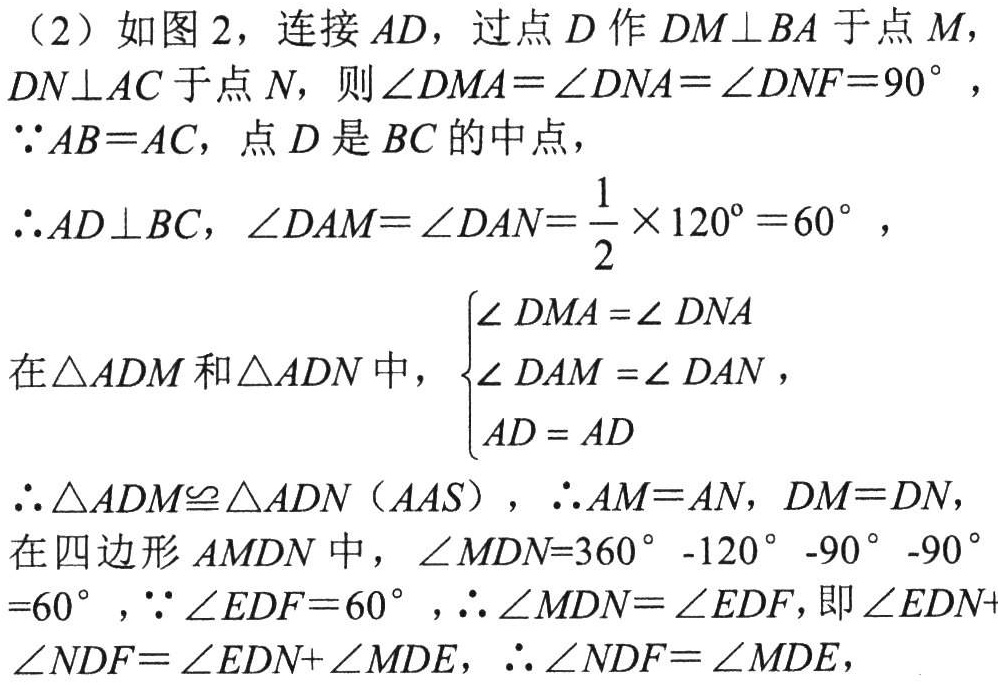
（2）如图 2，连接 \(AD\)，过点 \(D\) 作 \(DM\perp BA\) 于点 \(M\)，\(DN\perp AC\) 于点 \(N\)，则 \(\angle DMA = \angle DNA=\angle DNF = 90^{\circ}\)，
\(\because AB = AC\)，点 \(D\) 是 \(BC\) 的中点，
\(\therefore AD\perp BC\)，\(\angle DAM=\angle DAN=\frac{1}{2}\times120^{\circ}=60^{\circ}\)，
在\(\triangle ADM\) 和 \(\triangle ADN\) 中，\(\begin{cases}
\angle DMA=\angle DNA\\
\angle DAM=\angle DAN\\
AD = AD
\end{cases}\)
\(\therefore\triangle ADM\cong\triangle ADN\)（\(AAS\)），\(\therefore AM = AN\)，\(DM = DN\)，
在四边形 \(AMDN\) 中，\(\angle MDN = 360^{\circ}-120^{\circ}-90^{\circ}-90^{\circ}=60^{\circ}\)，\(\because\angle EDF = 60^{\circ}\)，\(\therefore\angle MDN=\angle EDF\)，即 \(\angle EDN+\angle NDF=\angle EDN+\angle MDE\)，\(\therefore\angle NDF=\angle MDE\)，